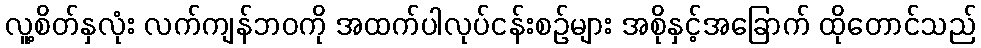
လူ့စိတ်နှလုံး လက်ကျန်ဘဝကို အထက်ပါလုပ်ငန်းစဉ်များ အစိုနှင့်အခြောက် ထိုတောင်သည်